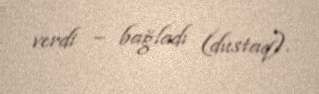
verdi – bağladı (dustaq).